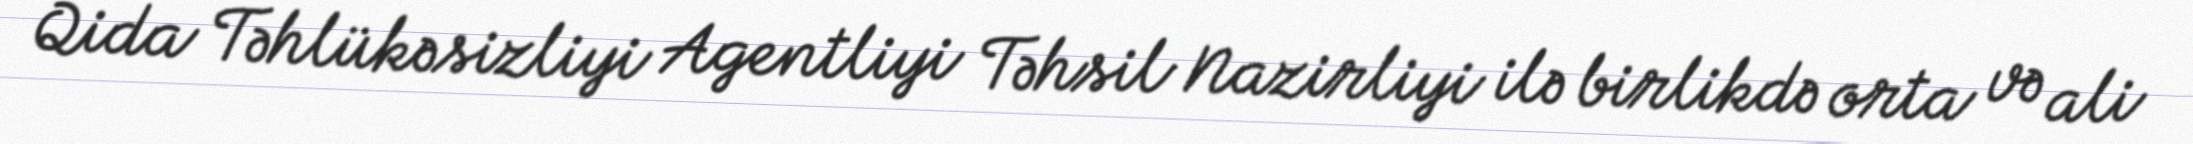
Qida Təhlükəsizliyi Agentliyi Təhsil Nazirliyi ilə birlikdə orta və ali